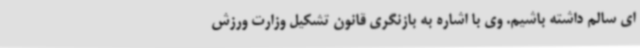
ای سالم داشته باشیم. وی با اشاره به بازنگری قانون تشکیل وزارت ورزش